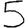
Digit: 5